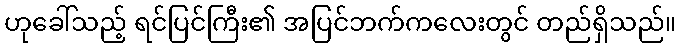
ဟုခေါ်သည့် ရင်ပြင်ကြီး၏ အပြင်ဘက်ကလေးတွင် တည်ရှိသည်။